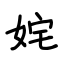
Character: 姹